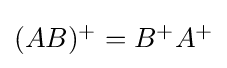
{\textstyle (AB)^{+}=B^{+}A^{+}}